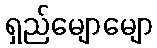
ရှည်မျောမျော